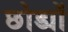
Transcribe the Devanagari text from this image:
छोड्यों